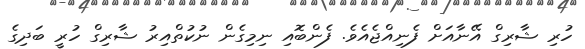
ހުރި ޝާރިގް އޭނާއަށް ފެނިއްޖެއެވެ. ފެންބޮއި ނިމިގެން ނުކުތްއިރު ޝާރިގް ހުރީ ބަދިގެ